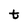
Character: t